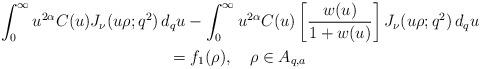
LaTeX: \begin{align*} \begin{gathered} \int_0^\infty u^{2\alpha} C(u) J_\nu (u\rho; q^2) \,d_q u- \int_0^\infty u^{2\alpha} C(u)\left[\frac{w(u)}{1+w(u)}\right] J_\nu (u\rho; q^2) \,d_q u \\ = f_1 (\rho), \quad \rho\in A_{q,a} \end{gathered} \end{align*}